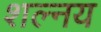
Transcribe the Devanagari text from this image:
शल्नय